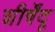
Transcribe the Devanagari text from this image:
शीर्षेंदू